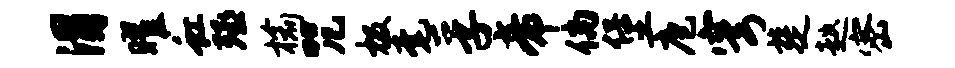
渭曜虹殛榆咒极毫孚帝倘堡庖穹楚趑密